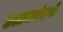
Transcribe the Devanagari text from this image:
उत्तमचंदजी